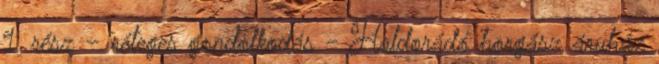
1. rész – réteges gondolkodás - Haldorádó horgász áruház